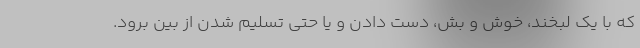
که با یک لبخند، خوش و بش، دست دادن و یا حتی تسلیم شدن از بین برود.